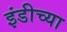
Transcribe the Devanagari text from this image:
इंडीच्या